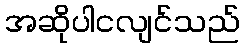
အဆိုပါငလျင်သည်